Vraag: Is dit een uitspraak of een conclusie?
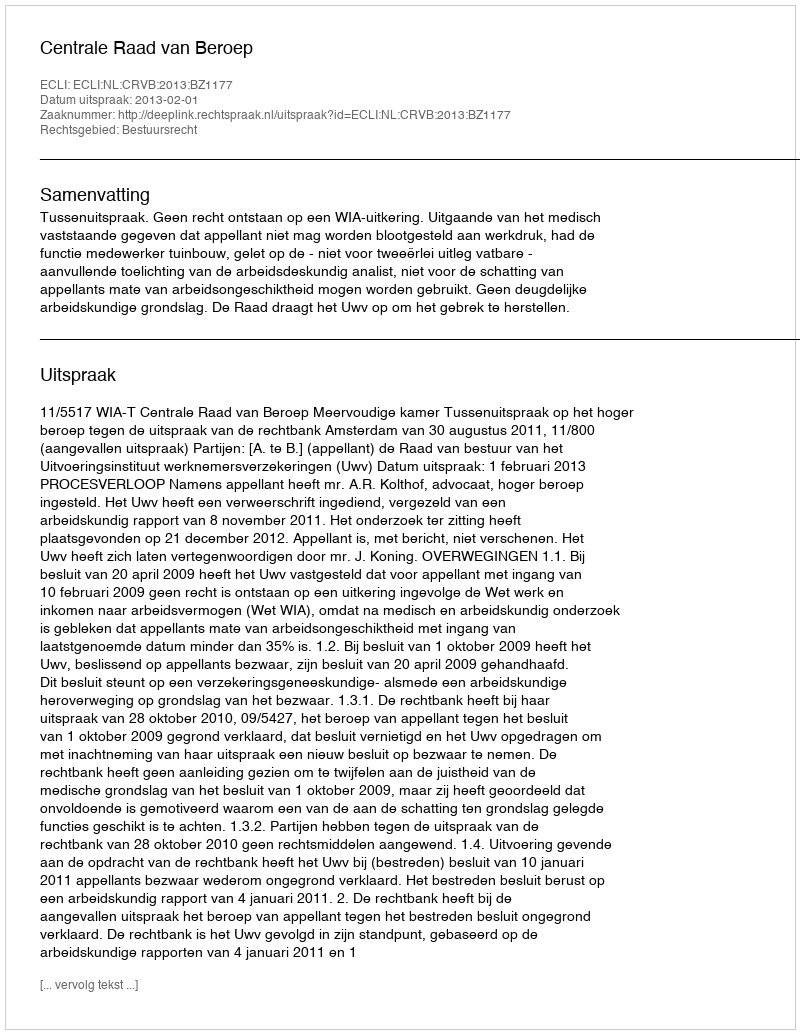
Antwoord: Uitspraak